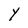
Character: Y